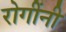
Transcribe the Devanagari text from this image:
रोगींनी